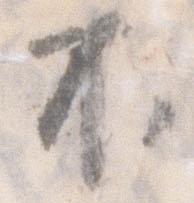
不